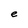
Character: e